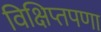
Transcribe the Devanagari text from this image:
विक्षिप्तपणा